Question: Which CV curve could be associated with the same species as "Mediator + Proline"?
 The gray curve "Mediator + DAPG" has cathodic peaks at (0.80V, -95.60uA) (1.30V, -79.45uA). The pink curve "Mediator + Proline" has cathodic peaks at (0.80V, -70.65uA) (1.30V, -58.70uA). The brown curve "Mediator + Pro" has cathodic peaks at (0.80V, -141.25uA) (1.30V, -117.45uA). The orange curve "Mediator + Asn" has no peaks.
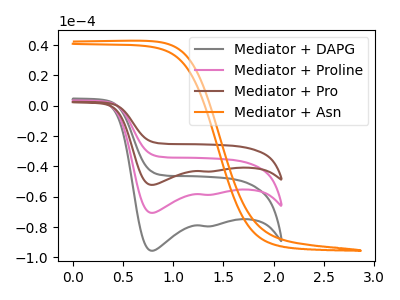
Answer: <think>All the peaks in "Mediator + DAPG" have a peak in "Mediator + Proline" at the same potential. Every peak in "Mediator + DAPG" is higher than every peak in "Mediator + Proline". All the peaks in "Mediator + DAPG" have a peak in "Mediator + Pro" at the same potential. Every peak in "Mediator + DAPG" is lower than every peak in "Mediator + Pro". "Mediator + DAPG" and "Mediator + Asn" have a different number of peaks. All the peaks in "Mediator + Proline" have a peak in "Mediator + Pro" at the same potential. Every peak in "Mediator + Proline" is lower than every peak in "Mediator + Pro". "Mediator + Proline" and "Mediator + Asn" have a different number of peaks. "Mediator + Pro" and "Mediator + Asn" have a different number of peaks.
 </think>
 <answer>"Mediator + Proline" and "Mediator + Pro" have a similar shape to "Mediator + DAPG".</answer>
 <eval>"Mediator + Proline" "Mediator + Pro"</eval>